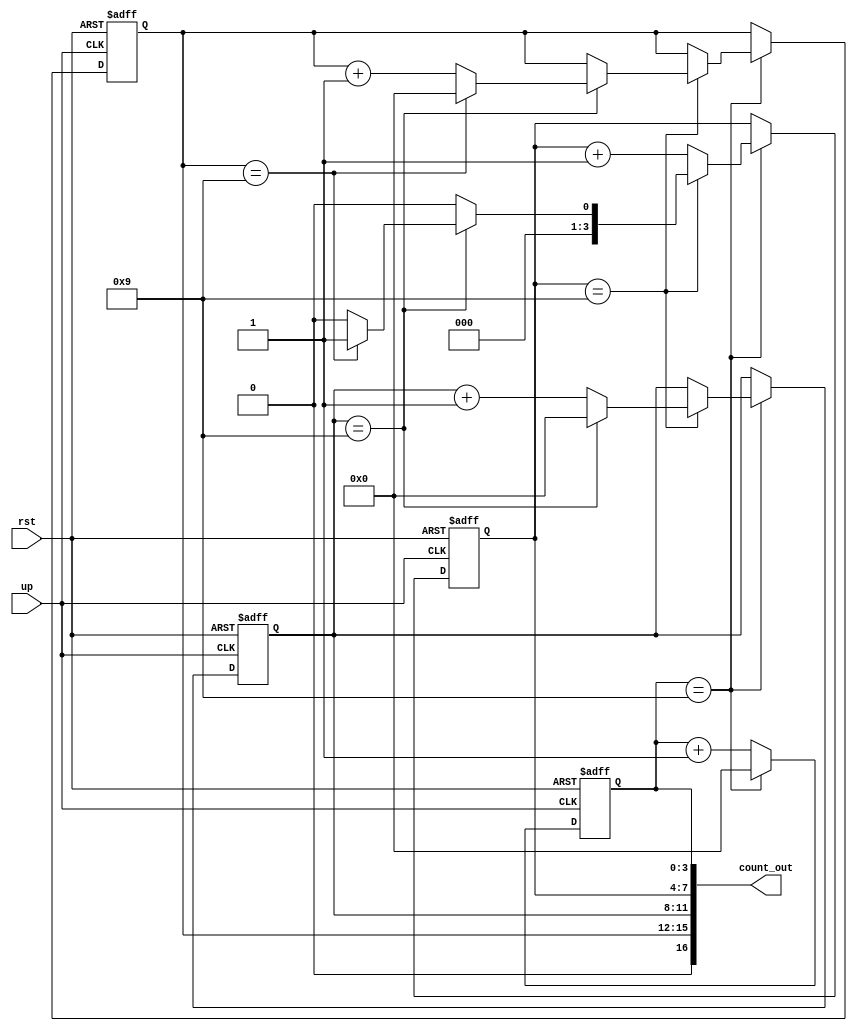
`timescale 1ns / 1ps

module vibration(rst,up,count_out);
input           rst,up;
output   [16:0] count_out;        


reg [3:0]     one;
reg [3:0]     two;
reg [3:0]     three;
reg [3:0]     four;

always @(posedge up or posedge rst)
      if (rst == 1'b1)
      begin
         one <= {4{1'b0}};
         two <= {4{1'b0}};
         three <= {4{1'b0}};
         four <= {4{1'b0}};
      end
      else 
      begin
         if (one == 4'b1001)
         begin
            two <= two + 1;
            one <= {4{1'b0}};
            if (two == 4'b1001)
            begin
               three <= three + 1;
               two <= {4{1'b0}};
               if (three == 4'b1001)
               begin
                  four <= four + 1;
                  three <= {4{1'b0}};
                  if (four == 4'b1001)
                  begin
                  	two <=4'b0001; 
                  	four <= {4{1'b0}};  
                  end
               end
            end
         end
         else
            one <= one + 1;
      end

assign count_out = {four,three,two,one};


endmodule